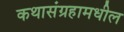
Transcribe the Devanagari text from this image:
कथासंग्रहामधील